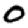
Digit: 0